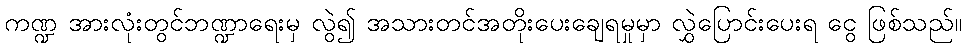
ကဏ္ဍ အားလုံးတွင်ဘဏ္ဍာရေးမှ လွဲ၍ အသားတင်အတိုးပေးချေရမှုမှာ လွှဲပြောင်းပေးရ ငွေ ဖြစ်သည်။